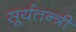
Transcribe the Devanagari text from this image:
सूर्यतन्त्री